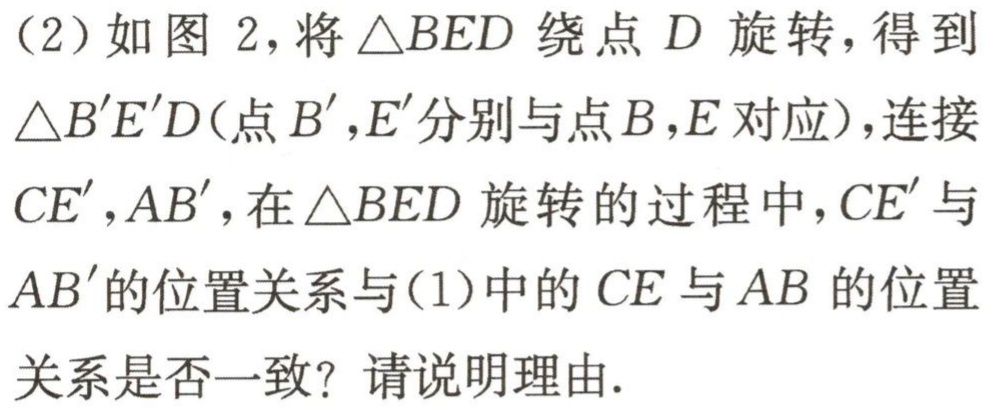
（2）如图 2，将\(\triangle BED\)绕点\(D\)旋转，得到\(\triangle B'E'D\)(点\(B'\)，\(E'\)分别与点\(B\)，\(E\)对应)，连接\(CE'\)，\(AB'\)，在\(\triangle BED\)旋转的过程中，\(CE'\)与\(AB'\)的位置关系与(1)中的\(CE\)与\(AB\)的位置关系是否一致？请说明理由.